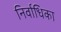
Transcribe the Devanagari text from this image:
निर्वाधिका